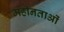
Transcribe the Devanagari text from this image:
महीनताओं